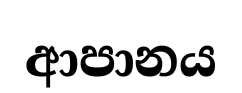
ආපානය